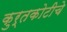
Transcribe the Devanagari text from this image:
कुर्तकोटीचे